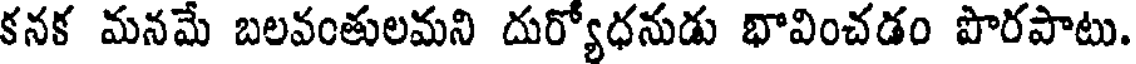
కనక మనమే బలవంతులమని దుర్యోధనుడు భావించడం పొరపాటు.